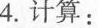
4.计算：